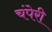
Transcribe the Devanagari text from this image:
चंपेरी